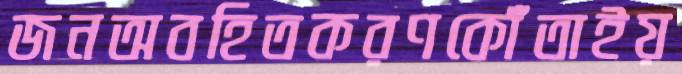
জনঅবহিতকরণকোঁতাইয়